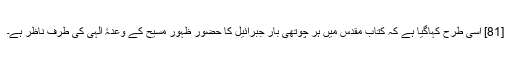
[81] اسی طرح کہاگیا ہے کہ کتاب مقدس میں ہر چوتھی بار جبرائیل کا حضور ظہور مسیح کے وعدۂ الہی کی طرف ناظر ہے۔